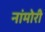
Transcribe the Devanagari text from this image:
नांमोरी